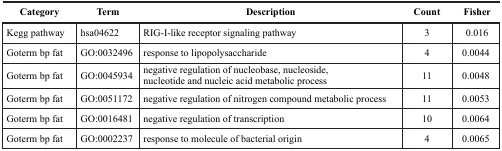
<table><thead><tr><td><b>Category</b></td><td><b>Term</b></td><td><b>Description</b></td><td><b>Count</b></td><td><b>Fisher</b></td></tr></thead><tbody><tr><td>Kegg pathway</td><td>hsa04622</td><td>RIG-I-like receptor signaling pathway</td><td>3</td><td>0.016</td></tr><tr><td>Goterm bp fat</td><td>GO:0032496</td><td>response to lipopolysaccharide</td><td>4</td><td>0.0044</td></tr><tr><td>Goterm bp fat</td><td>GO:0045934</td><td>negative regulation of nucleobase, nucleoside, nucleotide and nucleic acid metabolic process</td><td>11</td><td>0.0048</td></tr><tr><td>Goterm bp fat</td><td>GO:0051172</td><td>negative regulation of nitrogen compound metabolic process</td><td>11</td><td>0.0053</td></tr><tr><td>Goterm bp fat</td><td>GO:0016481</td><td>negative regulation of transcription</td><td>10</td><td>0.0064</td></tr><tr><td>Goterm bp fat</td><td>GO:0002237</td><td>response to molecule of bacterial origin</td><td>4</td><td>0.0065</td></tr></tbody></table>